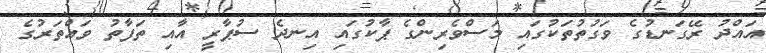
އައްދު ރޭގަނޑުގެ ވަގުތުތަކުގައި މަސްވެރިންގެ ޕާކުގައި އިނދެ ސުޕާރީ އާއި ތަފާތު ވައްތަރުގެ